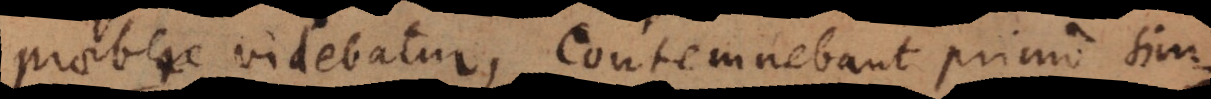
praebere videbatur, contemnebant primo simp